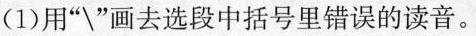
(1) 用”\”画去选段中括号里错误的读音。